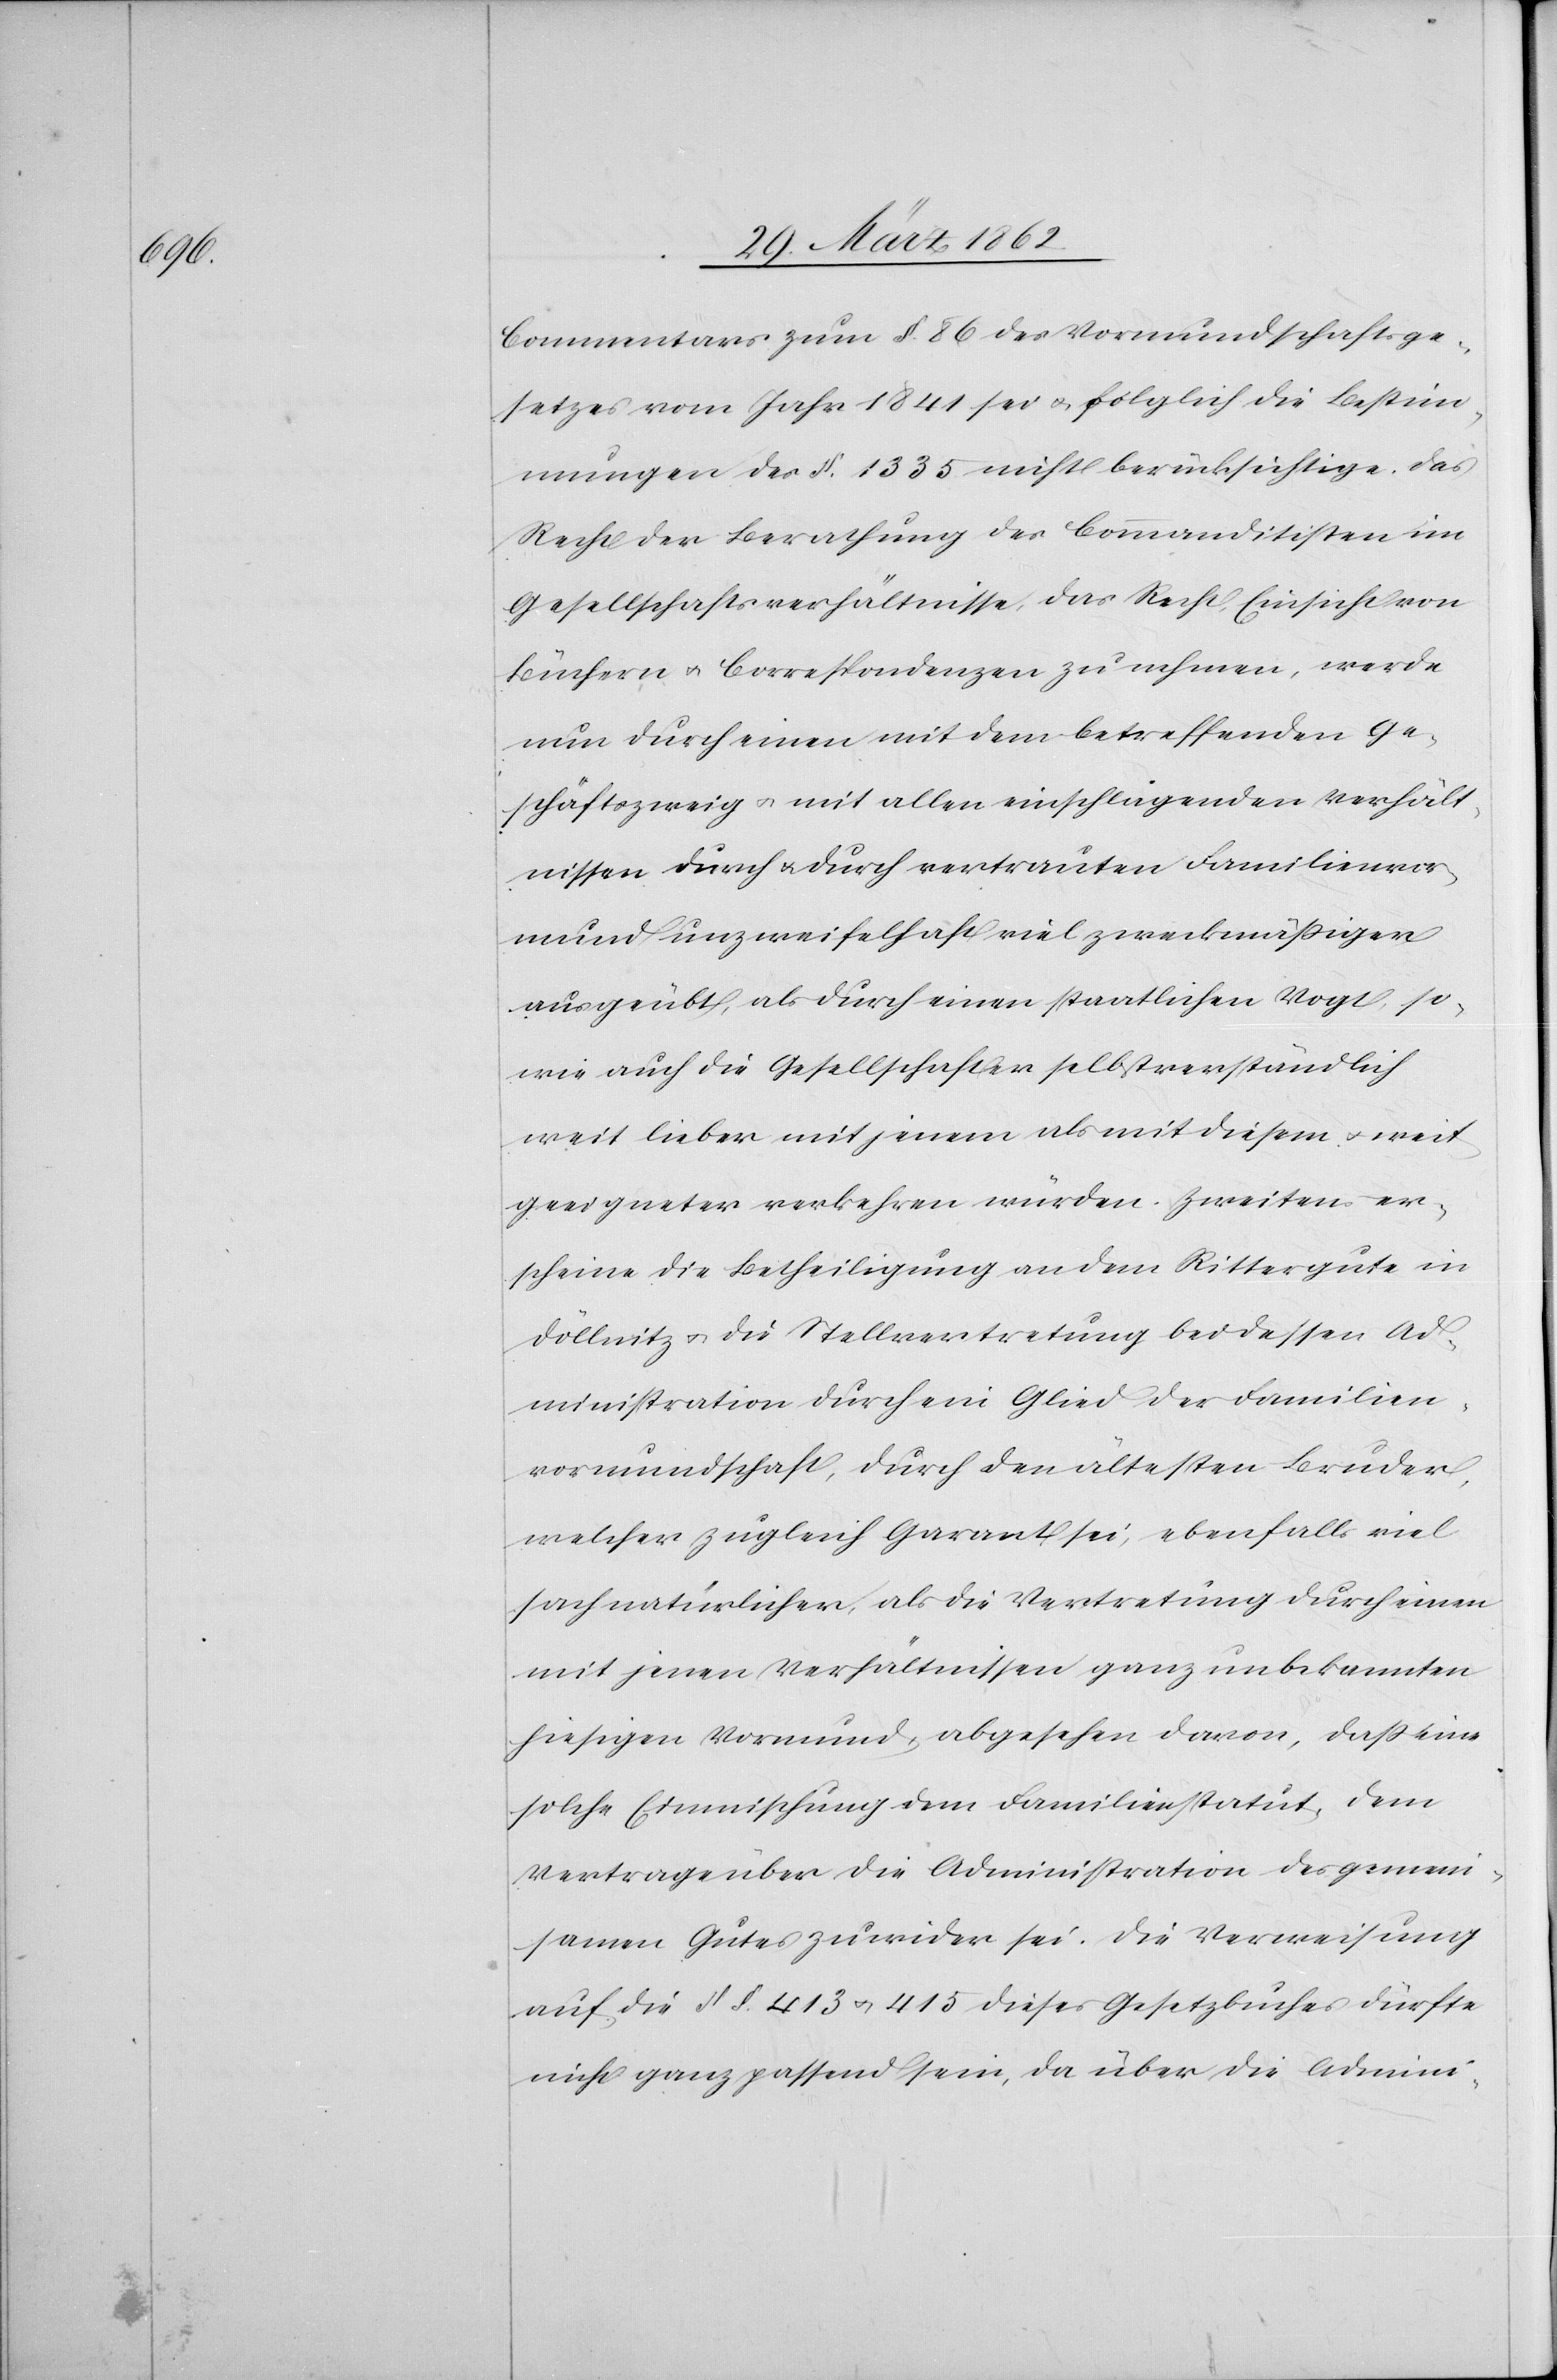
Commentars zum §. 86 des Vormundschaftsge¬
setzes vom Jahr 1841 sei u. folglich die Bestim¬
mungen des §. 1335 nicht berücksichtige. Das
Recht der Berathung des Commanditisten im
Gesellschaftsverhältnisse, das Recht, Einsicht von
Büchern u. Correspondenzen zu nehmen, werde
nun durch einen mit dem betreffenden Ge¬
schäftszweig u. mit allen einschlagenden Verhält¬
nissen durch u. durch vertrauten Familienvor¬
mund unzweifelhaft viel zweckmäßiger
ausgeübt, als durch einen staatlichen Vogt, so¬
wie auch die Gesellschafter selbstverständlich
weit lieber mit jenem als mit diesem u. weit
geeigneter verkehren würden. Zweitens er¬
scheine die Betheiligung an dem Rittergute in
Döllnitz u. die Stellvertretung bei dessen Ad¬
ministration durch ein Glied der Familien¬
vormundschaft, durch den ältesten Bruder,
welcher zugleich Garant sei, ebenfalls viel
sachnatürlicher, als die Vertretung durch einen
mit jenen Verhältnissen ganz unbekannten
hiesigen Vormund, abgesehen davon, daß eine
solche Einmischung dem Familienstatus, dem
Vertrage über die Administration des gemein¬
samen Gutes zuwider sei. Die Verweisung
auf die §§. 413 u. 415 dieses Gesetzbuches dürfte
nicht ganz passend sein, da über die Admini-